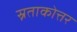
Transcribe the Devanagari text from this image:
स्नताकोत्तर